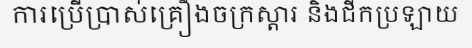
ការប្រើប្រាស់គ្រឿងចក្រស្តារ និងជីកប្រឡាយ